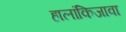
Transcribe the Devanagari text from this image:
हालांकिजावा